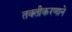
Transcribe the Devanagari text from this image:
तक्तीकरणाने